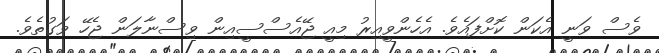
ވެސް ވަނީ އެކަން ކޮށްފައެވެ. އެހެންވީއިރު މިއީ ޖޭއެސްސީއިން ވިސްނާލަން ޖެހޭ ވަގުތެވެ.